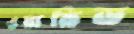
ওয়ারিড